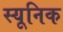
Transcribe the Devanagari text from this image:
स्यूनिक